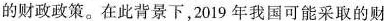
的财政政策。在此背景下，2019 年我国可能采取的财